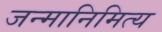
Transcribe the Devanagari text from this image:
जन्मानिमित्य